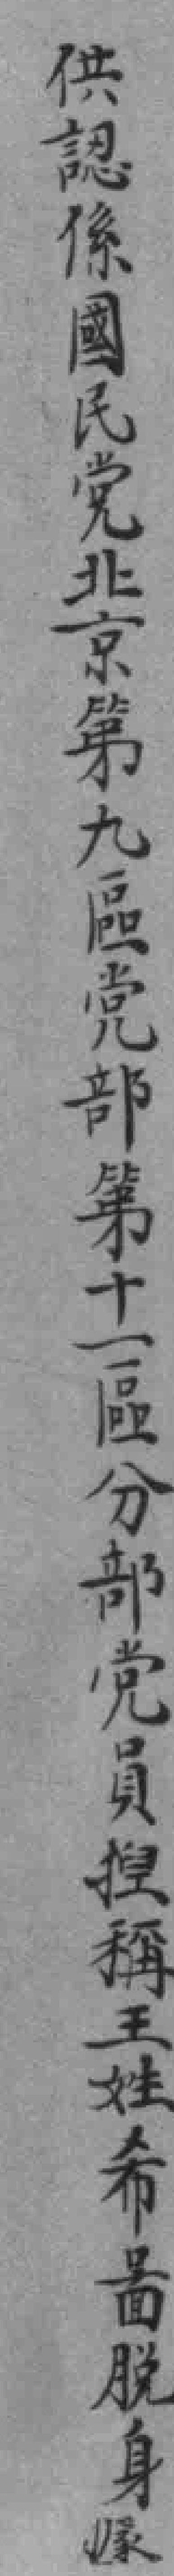
供認係國民党北京第九區党部第十一區分部党員揑稱王姓希啚脱身*